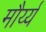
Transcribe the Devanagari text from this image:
मौर्य्य